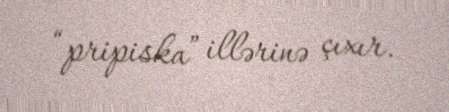
“pripiska” illərinə çıxır.